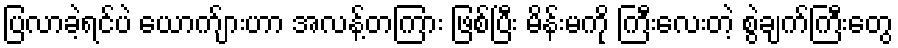
ပြလာခဲ့ရင်ပဲ ယောက်ျားဟာ အလန့်တကြား ဖြစ်ပြီး မိန်းမကို ကြီးလေးတဲ့ စွဲချက်ကြီးတွေ